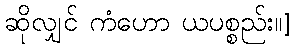
ဆိုလျှင် ကံဟော ယပစ္စည်း။]